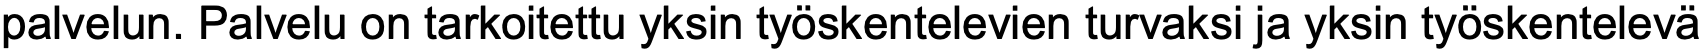
palvelun. Palvelu on tarkoitettu yksin työskentelevien turvaksi ja yksin työskentelevä